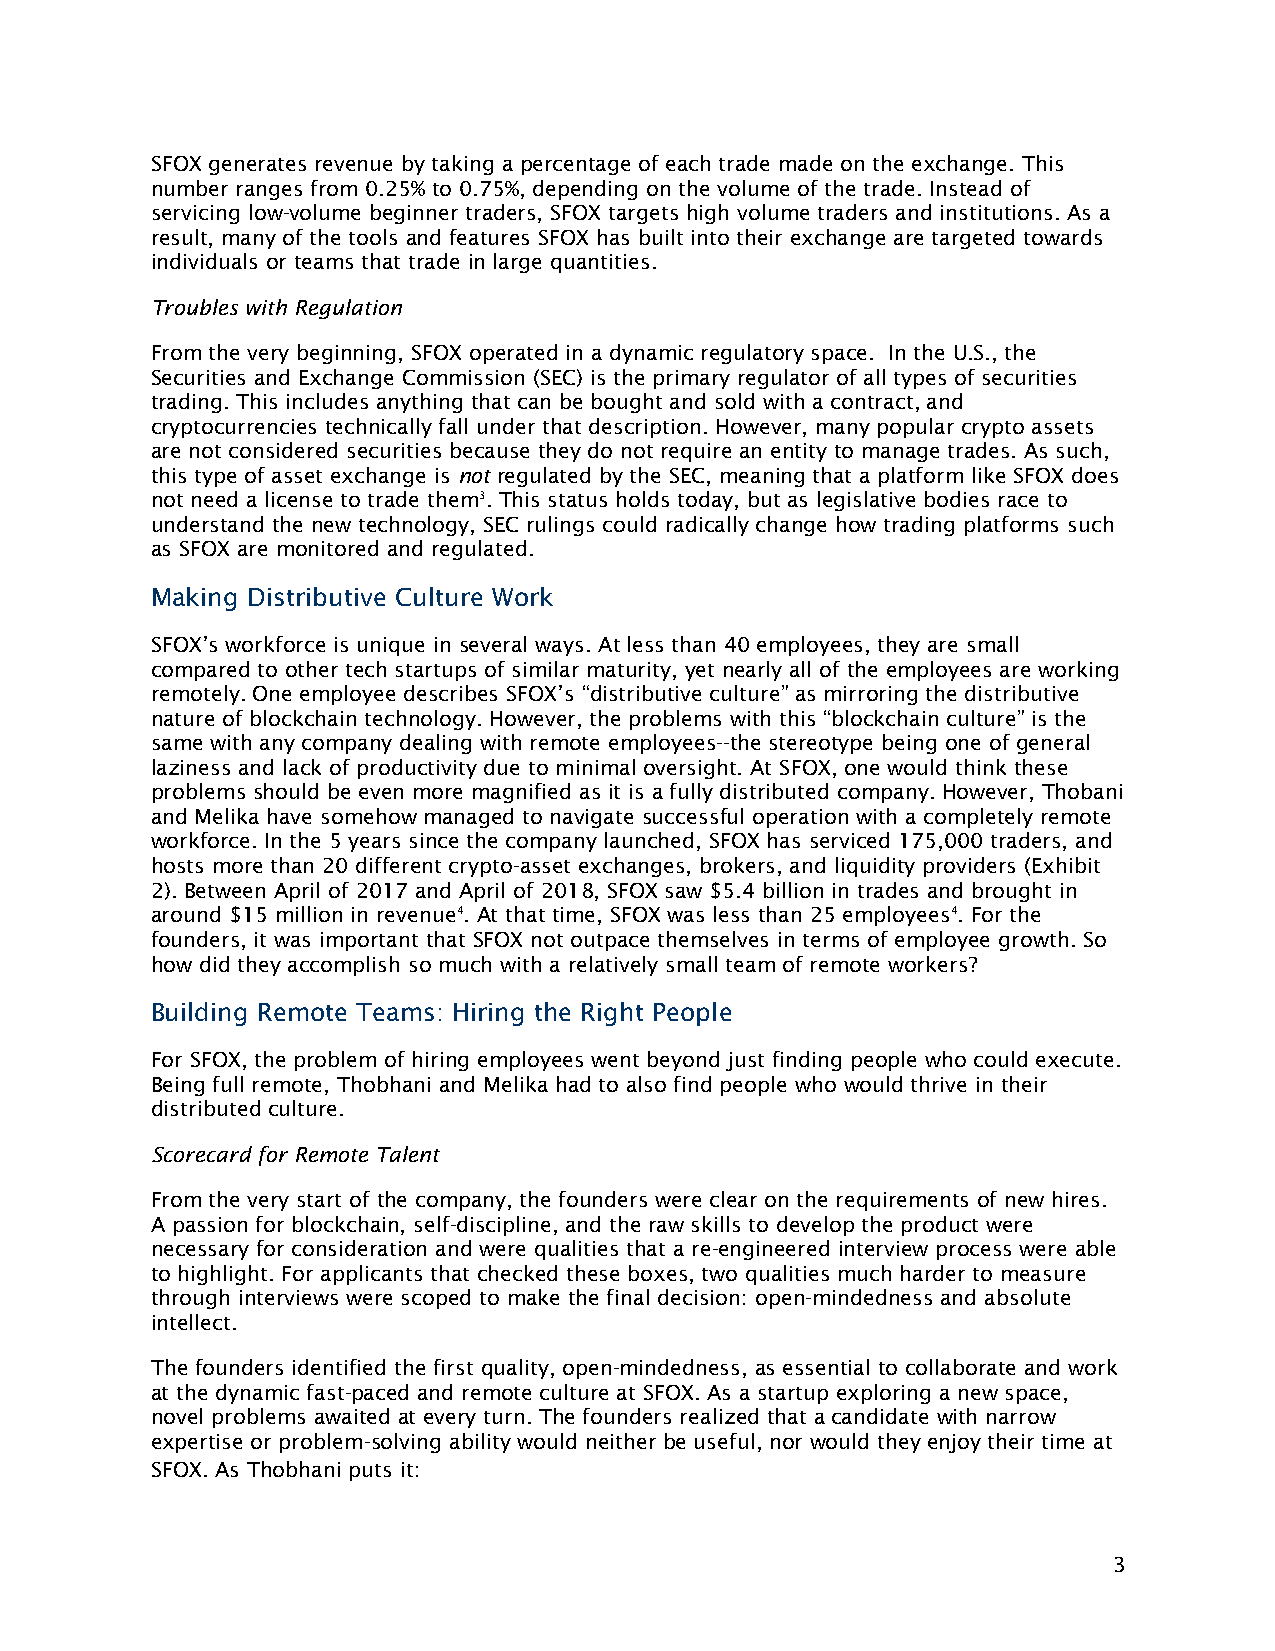
SFOX generates revenue by taking a percentage of each trade made on the exchange. This
 number ranges from 0.25% to 0.75%, depending on the volume of the trade. Instead of
 servicing low-volume beginner traders, SFOX targets high volume traders and institutions. As a
 result, many of the tools and features SFOX has built into their exchange are targeted towards
 individuals or teams that trade in large quantities.
 Troubles with Regulation
 From the very beginning, SFOX operated in a dynamic regulatory space. In the U.S., the
 Securities and Exchange Commission (SEC) is the primary regulator of all types of securities
 trading. This includes anything that can be bought and sold with a contract, and
 cryptocurrencies technically fall under that description. However, many popular crypto assets
 are not considered securities because they do not require an entity to manage trades. As such,
 this type of asset exchange is not regulated by the SEC, meaning that a platform like SFOX does
 not need a license to trade them3. This status holds today, but as legislative bodies race to
 understand the new technology, SEC rulings could radically change how trading platforms such
 as SFOX are monitored and regulated.
 Making Distributive Culture Work
 SFOX’s workforce is unique in several ways. At less than 40 employees, they are small
 compared to other tech startups of similar maturity, yet nearly all of the employees are working
 remotely. One employee describes SFOX’s “distributive culture” as mirroring the distributive
 nature of blockchain technology. However, the problems with this “blockchain culture” is the
 same with any company dealing with remote employees--the stereotype being one of general
 laziness and lack of productivity due to minimal oversight. At SFOX, one would think these
 problems should be even more magnified as it is a fully distributed company. However, Thobani
 and Melika have somehow managed to navigate successful operation with a completely remote
 workforce. In the 5 years since the company launched, SFOX has serviced 175,000 traders, and
 hosts more than 20 different crypto-asset exchanges, brokers, and liquidity providers (Exhibit
 2). Between April of 2017 and April of 2018, SFOX saw $5.4 billion in trades and brought in
 around $15 million in revenue4. At that time, SFOX was less than 25 employees4. For the
 founders, it was important that SFOX not outpace themselves in terms of employee growth. So
 how did they accomplish so much with a relatively small team of remote workers?
 Building Remote Teams: Hiring the Right People
 For SFOX, the problem of hiring employees went beyond just finding people who could execute.
 Being full remote, Thobhani and Melika had to also find people who would thrive in their
 distributed culture.
 Scorecard for Remote Talent
 From the very start of the company, the founders were clear on the requirements of new hires.
 A passion for blockchain, self-discipline, and the raw skills to develop the product were
 necessary for consideration and were qualities that a re-engineered interview process were able
 to highlight. For applicants that checked these boxes, two qualities much harder to measure
 through interviews were scoped to make the final decision: open-mindedness and absolute
 intellect.
 The founders identified the first quality, open-mindedness, as essential to collaborate and work
 at the dynamic fast-paced and remote culture at SFOX. As a startup exploring a new space,
 novel problems awaited at every turn. The founders realized that a candidate with narrow
 expertise or problem-solving ability would neither be useful, nor would they enjoy their time at
 SFOX. As Thobhani puts it:
 3